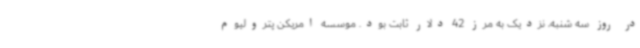
در روز سه شنبه، نزدیک به مرز 42 دلار ثابت بود. موسسه امریکن پترولیوم